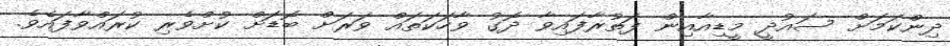
ދިންކަމަށް ސައުދީ މީޑިއާއިން ފަތުރާފައިވާ ދޮގު ވާހަކަތައް ވަރަށް ބޮޑަށް ކުށްވެރި ކުރައްވާފައެވެ.